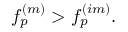
f _ { p } ^ { ( m ) } > f _ { p } ^ { ( i m ) } .